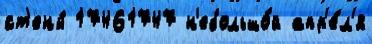
ст'ены́ 17461747 н'ебольшо́й апр'е́л'я